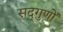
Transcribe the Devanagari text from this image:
सद्‌गुणों